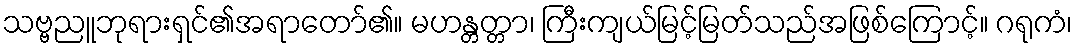
သဗ္ဗညူဘုရားရှင်၏အရာတော်၏။ မဟန္တတ္တာ၊ ကြီးကျယ်မြင့်မြတ်သည်အဖြစ်ကြောင့်။ ဂရုကံ၊